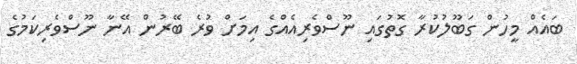
ބައެއް މީހުން ގަބޫލުކުރާ ގޮތުގައި ނޫސްވެރިއެއްގެ އިމަށް ވުރެ ބޭރުން އޭނާ ނޫސްވެރިކަމުގެ